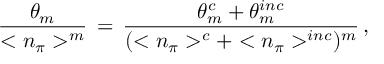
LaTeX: \frac { \theta _ { m } } { < n _ { \pi } > ^ { m } } \, = \, \frac { \theta _ { m } ^ { c } + \theta _ { m } ^ { i n c } } { ( < n _ { \pi } > ^ { c } + < n _ { \pi } > ^ { i n c } ) ^ { m } } \, ,